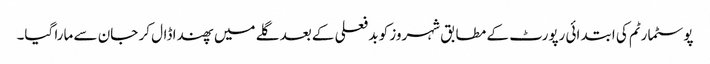
پوسٹمارٹم کی ابتدائی رپورٹ کے مطابق شہروز کو بد فعلی کے بعد گلے میں پھندا ڈال کر جان سے مارا گیا۔